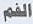
الفم